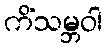
ကိံသမ္ဘဝါ